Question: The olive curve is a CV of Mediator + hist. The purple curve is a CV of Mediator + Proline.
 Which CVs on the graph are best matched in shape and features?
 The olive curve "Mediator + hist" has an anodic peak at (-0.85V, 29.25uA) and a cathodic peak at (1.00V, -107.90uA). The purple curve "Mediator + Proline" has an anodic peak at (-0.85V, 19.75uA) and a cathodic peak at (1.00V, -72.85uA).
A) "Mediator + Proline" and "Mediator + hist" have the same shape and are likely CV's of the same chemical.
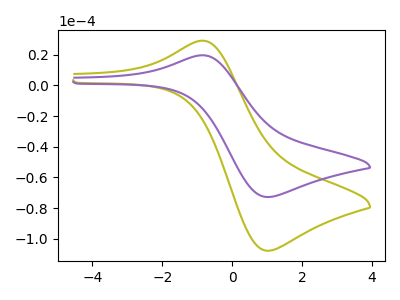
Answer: <think>All the peaks in "Mediator + hist" have a peak in "Mediator + Proline" at the same potential. Every peak in "Mediator + hist" is higher than every peak in "Mediator + Proline".
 </think>
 <answer>A) "Mediator + Proline" and "Mediator + hist" have the same shape and are likely CV's of the same chemical.</answer>
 <eval>A</eval>